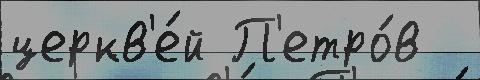
церкв'е́й П'етро́в